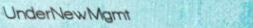
UnderNewMgmt